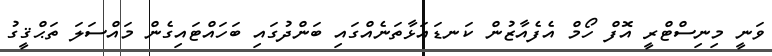
ވަނީ މިނިސްޓްރީ އޮފް ހޯމް އެފެއާޒުން ކަނޑައަޅާތަނެއްގައި ބަންދުގައި ބަހައްޓައިގެން މައްސަަލަ ތަޙްޤީގު